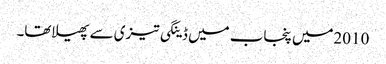
2010میں پنجاب میں ڈینگی تیزی سے پھیلاتھا۔